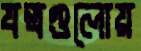
যন্ত্রগুলোয়